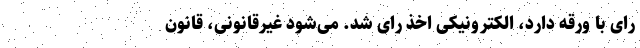
رای‌ با ورقه دارد، الکترونیکی اخذ رای شد. می‌شود غیرقانونی، قانون